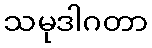
သမုဒါဂတာ